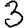
Digit: 3